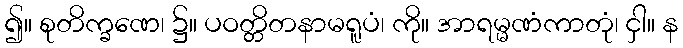
၍။ စုတိက္ခဏေ၊ ၌။ ပဝတ္တိတနာမရူပံ၊ ကို။ အာရမ္မဏံကာတုံ၊ ငှါ။ န